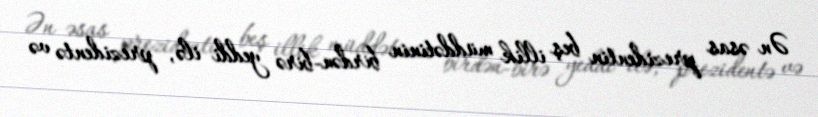
Ən əsas prezidentin beş illik müddətinin birdən-birə yeddi ilə, prezidentə və